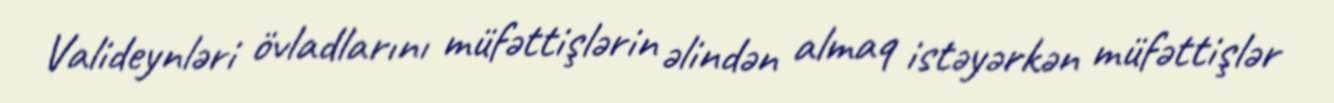
Valideynləri övladlarını müfəttişlərin əlindən almaq istəyərkən müfəttişlər